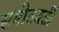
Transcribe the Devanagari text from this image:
समीतवर्ती